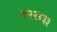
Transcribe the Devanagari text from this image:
४२२४३३